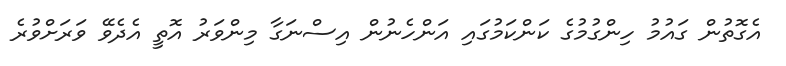
އެގޮތުން ގައުމު ހިންގުމުގެ ކަންކަމުގައި އަންހެނުން އިސްނަގާ މިންވަރު އޮތީ އެދެވޭ ވަރަށްވުރެ